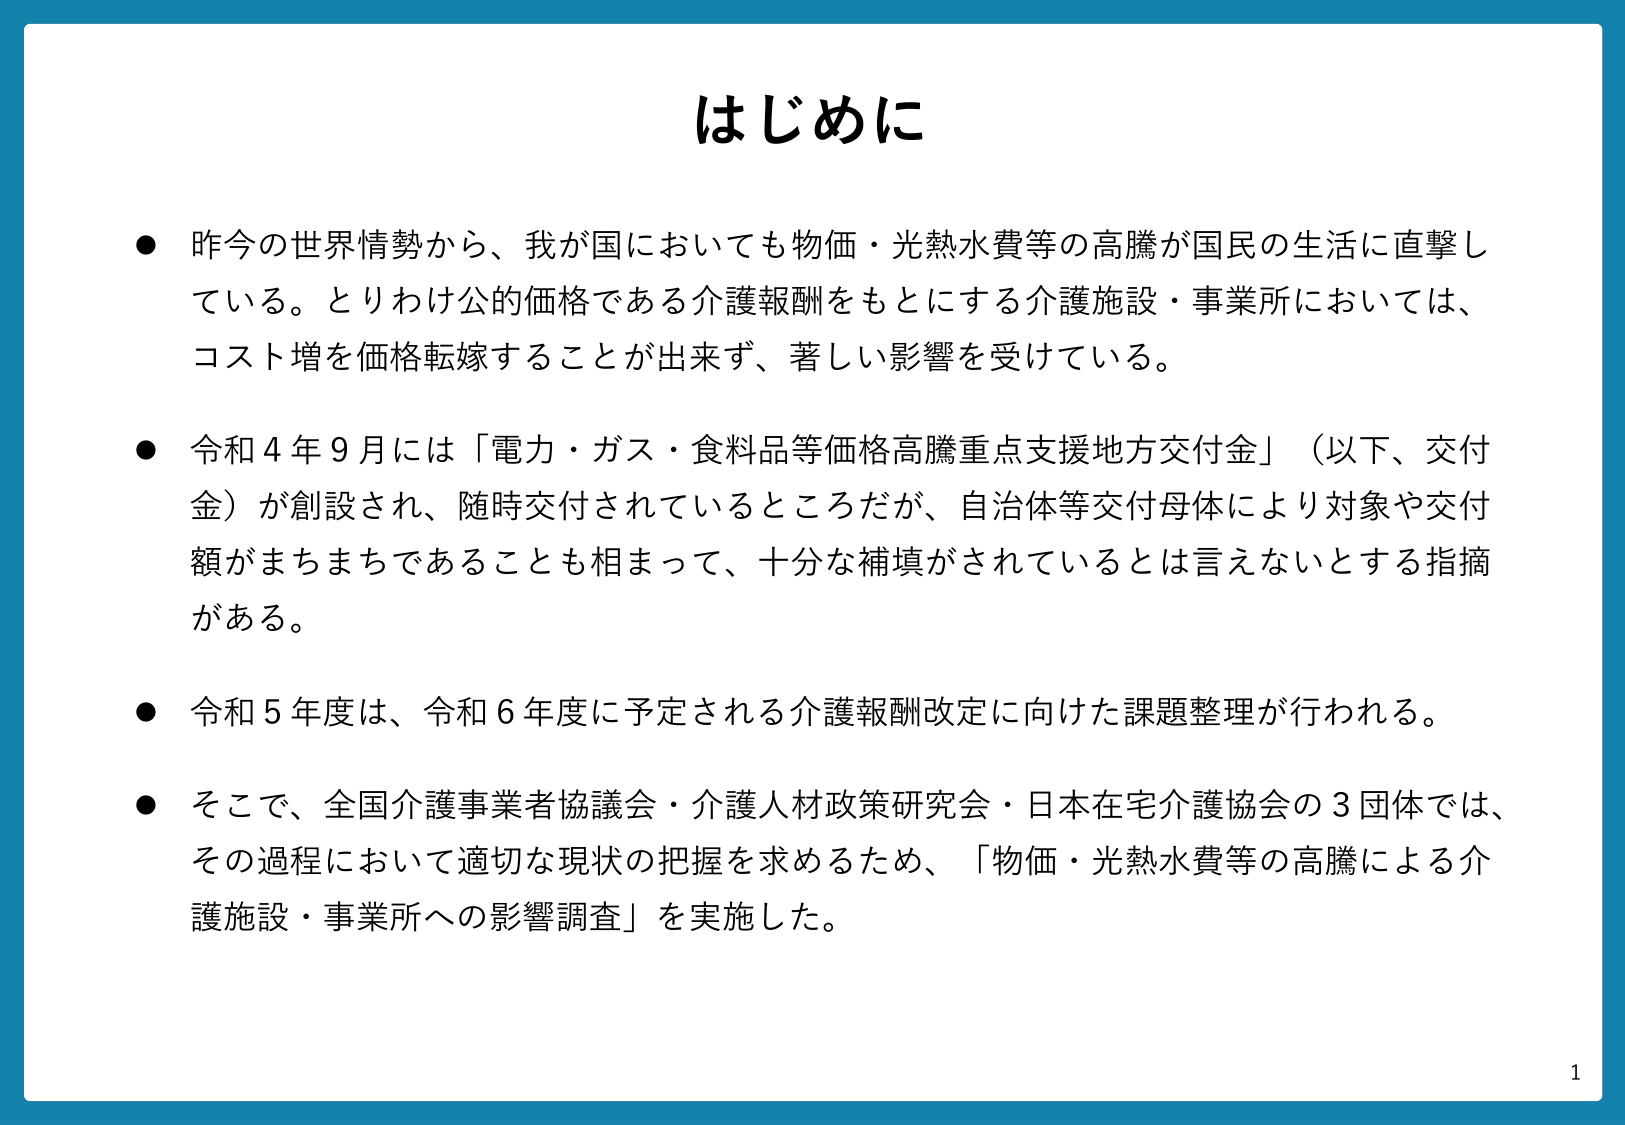
はじめに

● 昨今の世界情勢から、我が国においても物価・光熱水費等の高騰が国民の生活に直撃している。とりわけ公的価格である介護報酬をもとにする介護施設・事業所においては、コスト増を価格転嫁することが出来ず、著しい影響を受けている。

● 令和４年９月には「電力・ガス・食料品等価格高騰重点支援地方交付金」（以下、交付金）が創設され、随時交付されているところだが、自治体等交付母体により対象や交付額がまちまちであることも相まって、十分な補填がされているとは言えないとする指摘がある。

● 令和５年度は、令和６年度に予定される介護報酬改定に向けた課題整理が行われる。

● そこで、全国介護事業者協議会・介護人材政策研究会・日本在宅介護協会の３団体では、その過程において適切な現状の把握を求めるため、「物価・光熱水費等の高騰による介護施設・事業所への影響調査」を実施した。

1